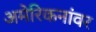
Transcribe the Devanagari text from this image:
अमेरिकनांवर